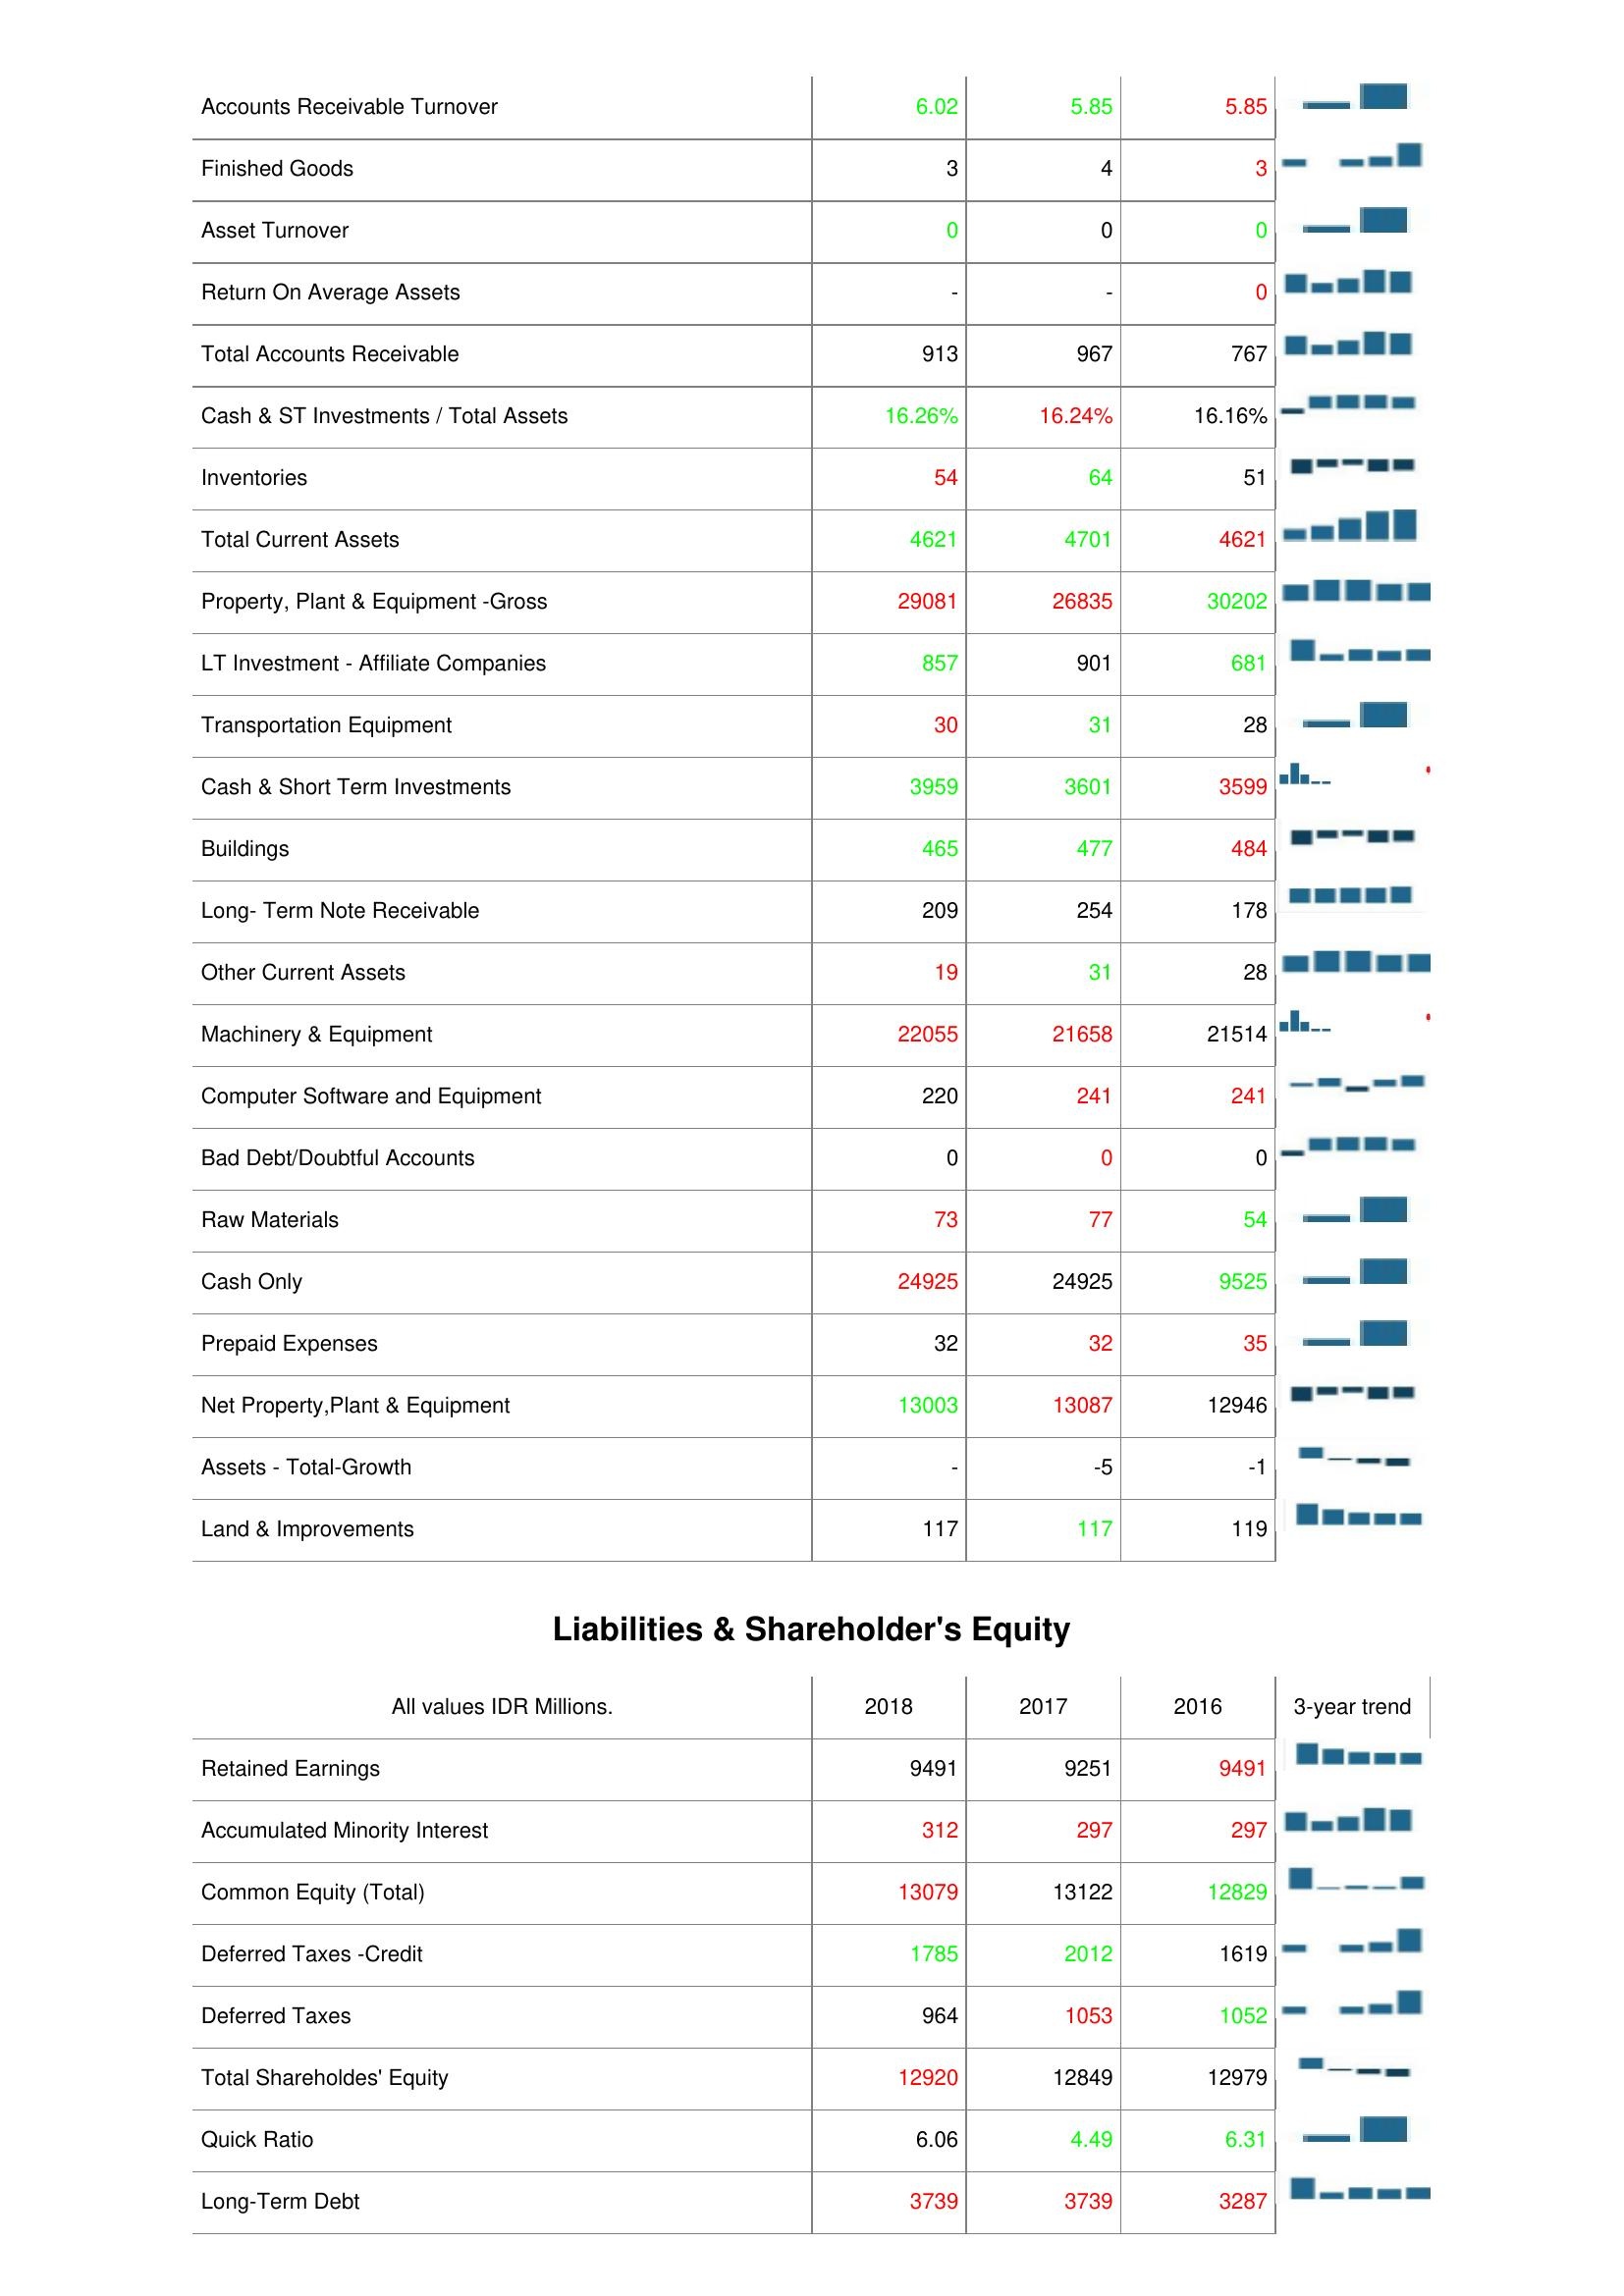
2018: Assets: Accounts Receivable Turnover: 6.02
Finished Goods: 3
Asset Turnover: 0
Return On Average Assets: -
Total Accounts Receivable: 913
Cash & ST Investments / Total Assets: 16.26%
Inventories: 54
Total Current Assets: 4621
Property, Plant & Equipment -Gross: 29081
LT Investment - Affiliate Companies: 857
Transportation Equipment: 30
Cash & Short Term Investments: 3959
Buildings: 465
Long- Term Note Receivable: 209
Other Current Assets: 19
Machinery & Equipment: 22055
Computer Software and Equipment: 220
Bad Debt/Doubtful Accounts: 0
Raw Materials: 73
Cash Only: 24925
Prepaid Expenses: 32
Net Property,Plant & Equipment: 13003
Assets - Total-Growth: -
Land & Improvements: 117
Liabilities & Shareholder's Equity: Retained Earnings: 9491
Accumulated Minority Interest: 312
Common Equity (Total): 13079
Deferred Taxes -Credit: 1785
Deferred Taxes: 964
Total Shareholdes' Equity: 12920
Quick Ratio: 6.06
Long-Term Debt: 3739
2017: Assets: Accounts Receivable Turnover: 5.85
Finished Goods: 4
Asset Turnover: 0
Return On Average Assets: -
Total Accounts Receivable: 967
Cash & ST Investments / Total Assets: 16.24%
Inventories: 64
Total Current Assets: 4701
Property, Plant & Equipment -Gross: 26835
LT Investment - Affiliate Companies: 901
Transportation Equipment: 31
Cash & Short Term Investments: 3601
Buildings: 477
Long- Term Note Receivable: 254
Other Current Assets: 31
Machinery & Equipment: 21658
Computer Software and Equipment: 241
Bad Debt/Doubtful Accounts: 0
Raw Materials: 77
Cash Only: 24925
Prepaid Expenses: 32
Net Property,Plant & Equipment: 13087
Assets - Total-Growth: -5
Land & Improvements: 117
Liabilities & Shareholder's Equity: Retained Earnings: 9251
Accumulated Minority Interest: 297
Common Equity (Total): 13122
Deferred Taxes -Credit: 2012
Deferred Taxes: 1053
Total Shareholdes' Equity: 12849
Quick Ratio: 4.49
Long-Term Debt: 3739
2016: Assets: Accounts Receivable Turnover: 5.85
Finished Goods: 3
Asset Turnover: 0
Return On Average Assets: 0
Total Accounts Receivable: 767
Cash & ST Investments / Total Assets: 16.16%
Inventories: 51
Total Current Assets: 4621
Property, Plant & Equipment -Gross: 30202
LT Investment - Affiliate Companies: 681
Transportation Equipment: 28
Cash & Short Term Investments: 3599
Buildings: 484
Long- Term Note Receivable: 178
Other Current Assets: 28
Machinery & Equipment: 21514
Computer Software and Equipment: 241
Bad Debt/Doubtful Accounts: 0
Raw Materials: 54
Cash Only: 9525
Prepaid Expenses: 35
Net Property,Plant & Equipment: 12946
Assets - Total-Growth: -1
Land & Improvements: 119
Liabilities & Shareholder's Equity: Retained Earnings: 9491
Accumulated Minority Interest: 297
Common Equity (Total): 12829
Deferred Taxes -Credit: 1619
Deferred Taxes: 1052
Total Shareholdes' Equity: 12979
Quick Ratio: 6.31
Long-Term Debt: 3287